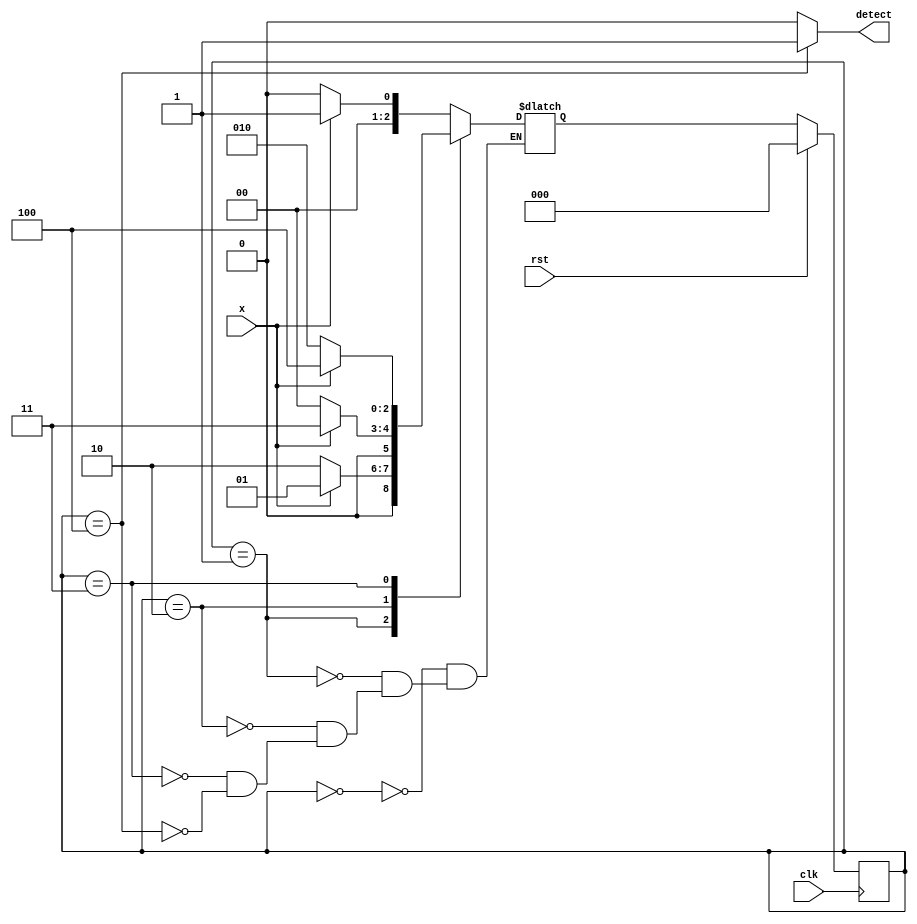
module FSM_1011_det(input clk, x, rst, output detect);
  
  parameter S0 = 3'b000;
  parameter S1 = 3'b001;
  parameter S10 = 3'b010;
  parameter S101 = 3'b011;
  parameter S1011 = 3'b100;
  
  reg [2:0] curr_state, next_state;
  assign detect = curr_state == S1011? 1: 0;
  always @ (posedge clk)
    begin
      if (rst)
        curr_state <= S0;
      else
        curr_state <= next_state;
    end
  always @ (*)
    begin
      case (curr_state)
        
        S0: begin
          next_state = x ? S1: S0;
        end
        
        S1: begin
          next_state = x ? S1: S10;
        end
        
        S10: begin
          next_state = x ? S101: S0;
        end
        
        S101: begin
          next_state = x ? S1011: S10;
        end
        
        S1011: begin
          next_state = x ? S1: S0;
        end
        
      endcase
    end
endmodule